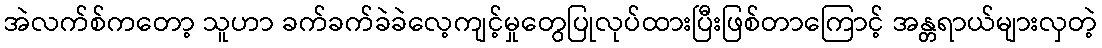
အဲလက်စ်ကတော့ သူဟာ ခက်ခက်ခဲခဲလေ့ကျင့်မှုတွေပြုလုပ်ထားပြီးဖြစ်တာကြောင့် အန္တရာယ်များလှတဲ့